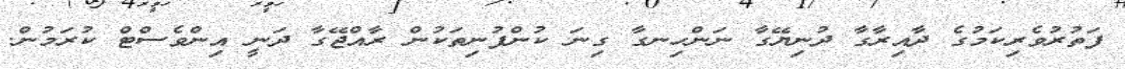
ފަތުރުވެރިކަމުގެ ދާއިރާގާ ދުނިޔޭގާ ނަންހިނގާ ގިނަ ކުންފުނިތަކުން ރާއްޖޭގާ ދަނީ އިންވެސްޓް ކުރަމުން.